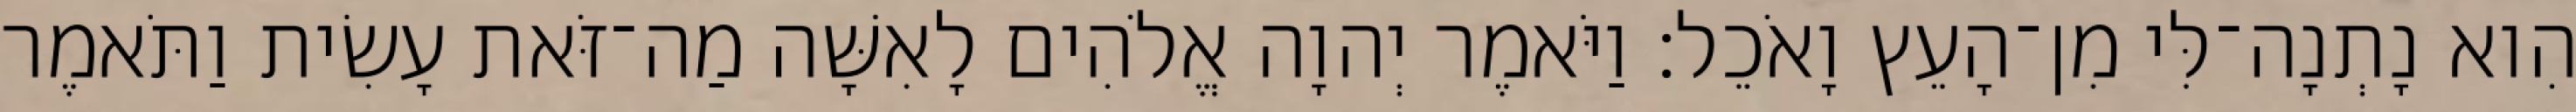
הִוא נָתְנָה־לִּי מִן־הָעֵץ וָאֹכֵל׃ וַיֹּאמֶר יְהוָה אֱלֹהִים לָאִשָּׁה מַה־זֹּאת עָשִׂית וַתֹּאמֶר